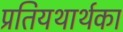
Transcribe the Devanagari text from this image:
प्रतियथार्थका